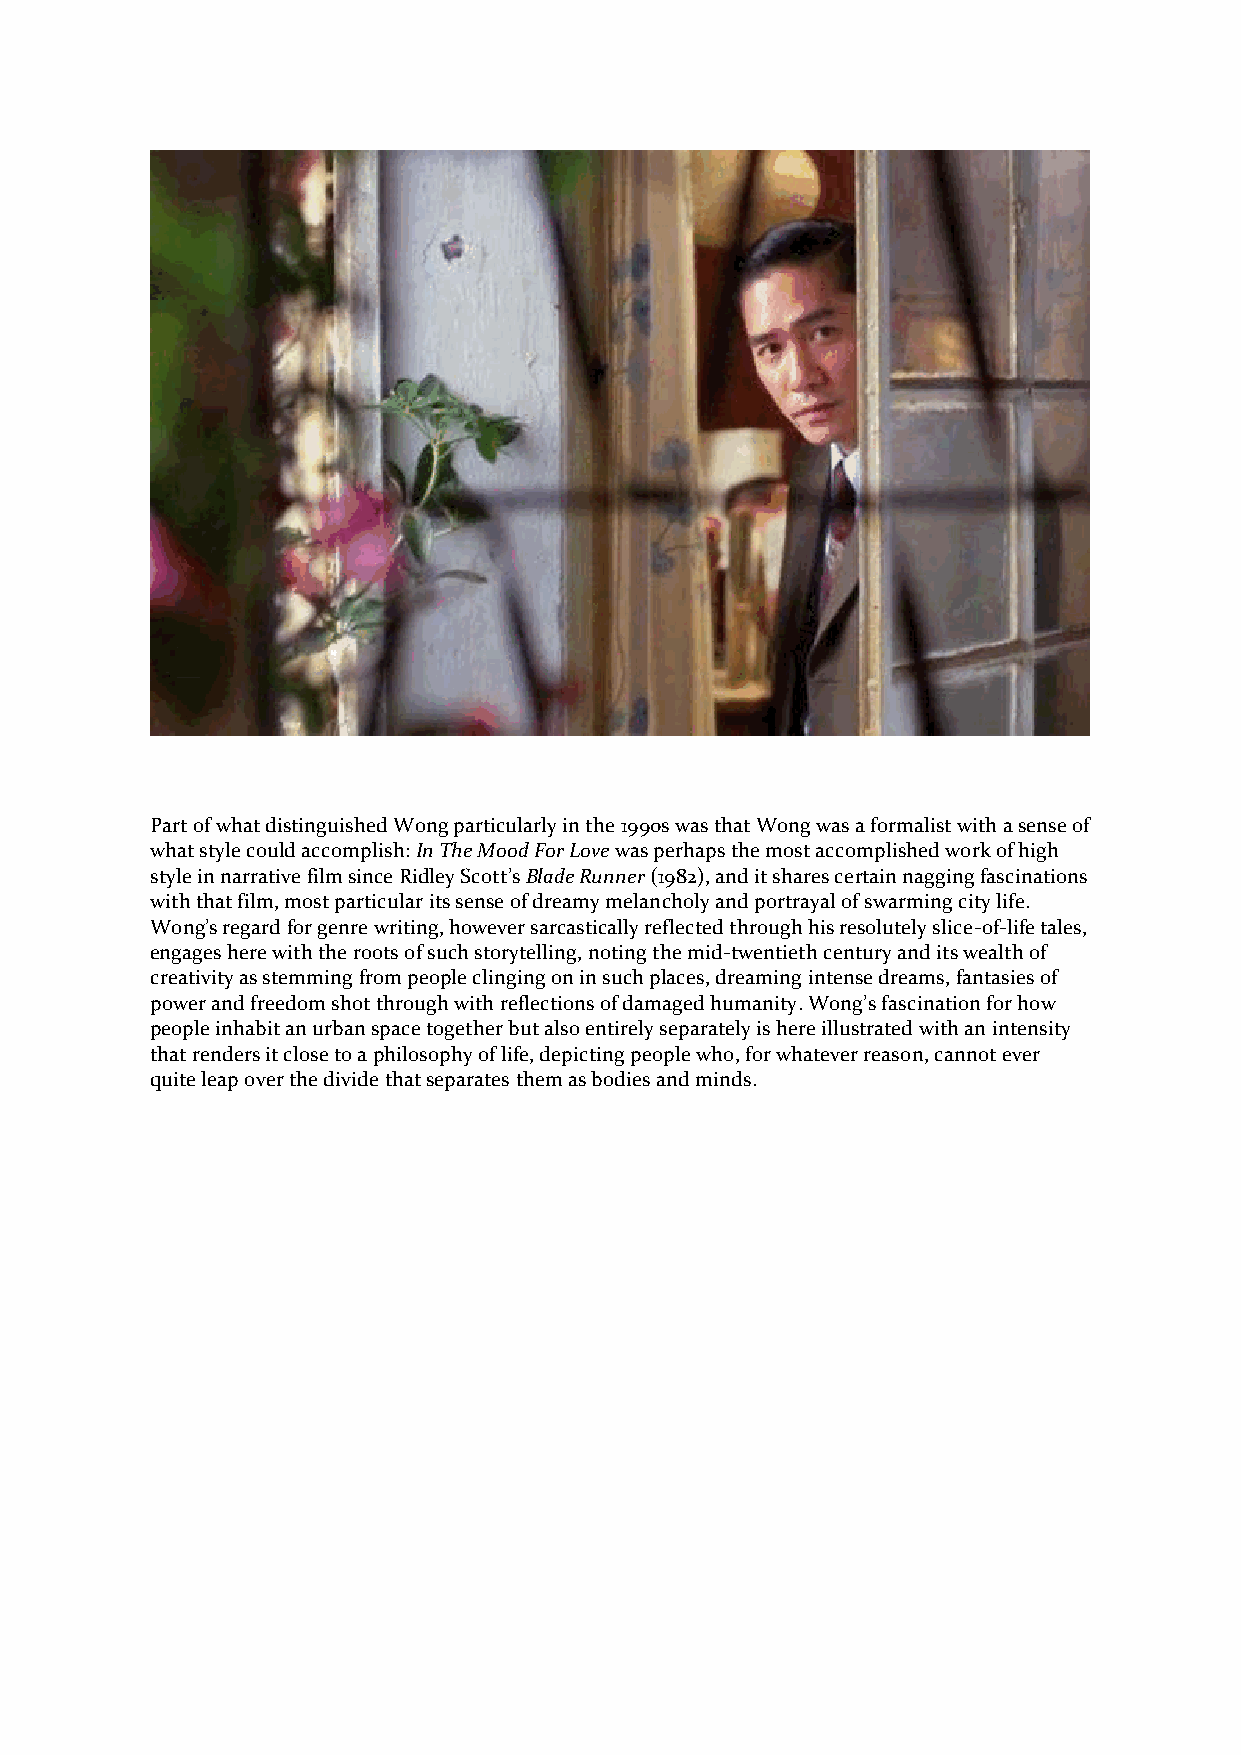
Part of what distinguished Wong particularly in the 1990s was that Wong was a formalist with a sense of
 what style could accomplish: In The Mood For Love was perhaps the most accomplished work of high
 style in narrative film since Ridley Scott’s Blade Runner (1982), and it shares certain nagging fascinations
 with that film, most particular its sense of dreamy melancholy and portrayal of swarming city life.
 Wong’s regard for genre writing, however sarcastically reflected through his resolutely slice-of-life tales,
 engages here with the roots of such storytelling, noting the mid-twentieth century and its wealth of
 creativity as stemming from people clinging on in such places, dreaming intense dreams, fantasies of
 power and freedom shot through with reflections of damaged humanity. Wong’s fascination for how
 people inhabit an urban space together but also entirely separately is here illustrated with an intensity
 that renders it close to a philosophy of life, depicting people who, for whatever reason, cannot ever
 quite leap over the divide that separates them as bodies and minds.